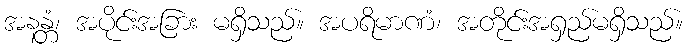
အနန္တံ၊ အပိုင်းအခြား မရှိသည်။ အပရိမာဏံ၊ အတိုင်းအရှည်မရှိသည်။